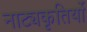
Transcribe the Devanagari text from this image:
नाट्यकृतियों